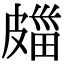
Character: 㿳